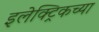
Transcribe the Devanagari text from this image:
इलेक्ट्रिकच्या